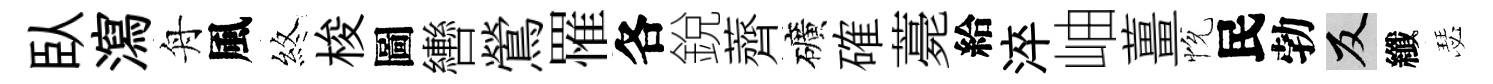
臥瀉舟風煞梭圖轡鶯罹各銳薺礦確薧給淬岫薑恱民勃反纖瑟